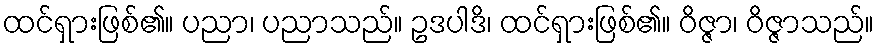
ထင်ရှားဖြစ်၏။ ပညာ၊ ပညာသည်။ ဥဒပါဒိ၊ ထင်ရှားဖြစ်၏။ ဝိဇ္ဇာ၊ ဝိဇ္ဇာသည်။